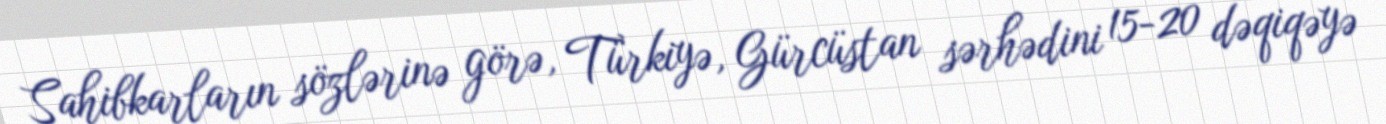
Sahibkarların sözlərinə görə, Türkiyə, Gürcüstan sərhədini 15-20 dəqiqəyə